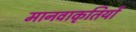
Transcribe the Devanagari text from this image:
मानवाकृतियों